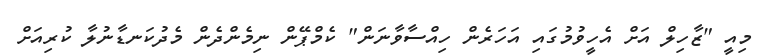
މިއީ "ޒާހިލް އަށް އެހީވުމުގައި އަހަރެން ހިއްސާވާނަން" ކެމްޕޭން ނިމެންދެން މެދުކަނޑާނުލާ ކުރިއަށް